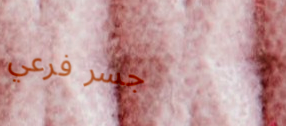
جسر فرعي